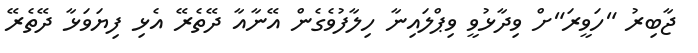
ޖާބިރު "ހަވީރަ"ށް ވިދާޅުވީ ވިޕްލައިނާ ހިލާފުވެގެން އޭނާއާ ދޭތެރޭ އެޅި ފިޔަވަޅާ ދޭތެރޭ